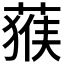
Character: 𱾅